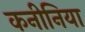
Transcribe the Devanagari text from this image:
कनीनिया